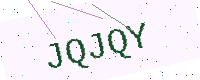
Text: JQJQY